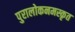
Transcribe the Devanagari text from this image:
पुरालोकनमस्कृत